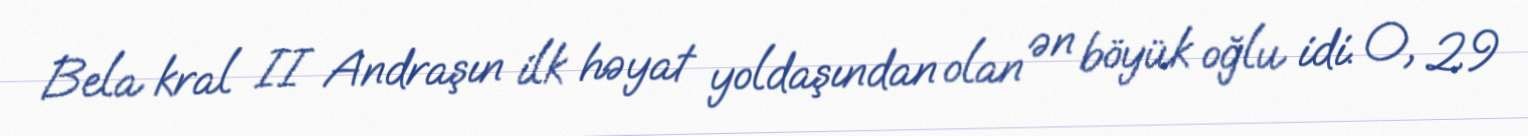
Bela kral II Andraşın ilk həyat yoldaşından olan ən böyük oğlu idi. O, 29